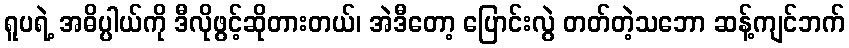
ရူပရဲ့ အဓိပ္ပါယ်ကို ဒီလိုဖွင့်ဆိုတားတယ်၊ အဲဒီတော့ ပြောင်းလွဲ တတ်တဲ့သဘော ဆန့်ကျင်ဘက်